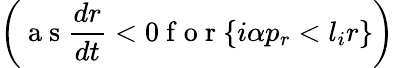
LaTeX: \left(\mathrm{~a~s~}\frac{dr}{dt}<0\mathrm{~f~o~r~}\{ i\alpha p_{r}<l_{i}r\} \right)